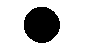
.